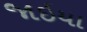
જાઇયા